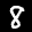
Label: 8